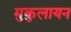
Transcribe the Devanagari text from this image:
मुकुलायन